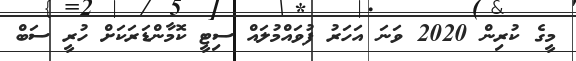
މީގެ ކުރިން 2020 ވަނަ އަހަރު ފުވައްމުލައް ސިޓީ ކޮމާންޑަރަކަށް ހުރީ ސަބް